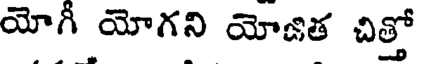
యోగీ యోగని యోజిత చిత్తో